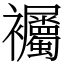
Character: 䙱